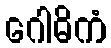
ဂေါဓိကံ